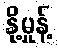
နို့မှုန့်